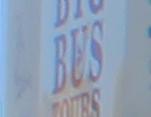
bus